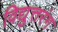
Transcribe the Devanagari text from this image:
विद्युत्तरंग